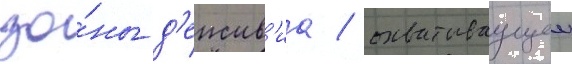
зо́ны д'еиств'иа / охватываущеи